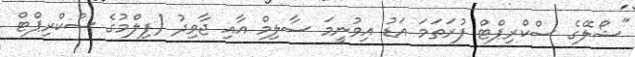
"ޝޯލޭގެ ސްކްރިޕްޓް ފުރަތަމަ އަޑު އިވުނީމަ ސާލިމް އާއި ޖާވިދު (ފިލްމުގެ ސްކްރިޕްޓް